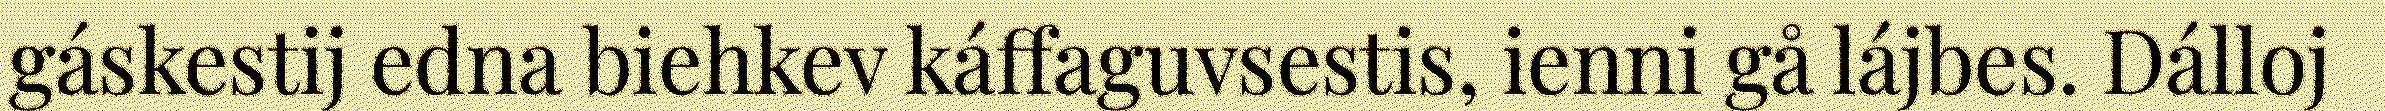
gáskestij edna biehkev káffaguvsestis, ienni gå lájbes. Dálloj